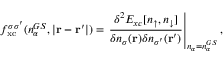
f _ { \mathrm { x c } } ^ { \sigma \sigma ^ { \prime } } ( n _ { \alpha } ^ { G S } , | \mathbf { r } - \mathbf { r } ^ { \prime } | ) = \left. \frac { \delta ^ { 2 } E _ { x c } [ n _ { \uparrow } , n _ { \downarrow } ] } { \delta n _ { \sigma } ( \mathbf { r } ) \delta n _ { \sigma ^ { \prime } } ( \mathbf { r } ^ { \prime } ) } \right| _ { n _ { \alpha } = n _ { \alpha } ^ { G S } } ,